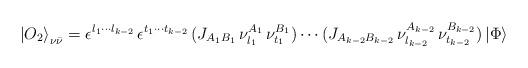
LaTeX: \begin{align*}{\vert O_2 \rangle}_{\nu\bar\nu} =\epsilon^{l_1 \cdots l_{k-2}} \,\epsilon^{t_1 \cdots t_{k-2}} \, (J_{A_1B_1}\, \nu^{A_1}_{l_1} \,\nu^{B_1}_{t_1}) \cdots (J_{A_{k-2}B_{k-2}} \, \nu^{A_{k-2}}_{l_{k-2}}\, \nu^{B_{k-2}}_{t_{k-2}}) \, \vert\Phi\rangle\end{align*}